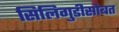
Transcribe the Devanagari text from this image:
सिलिगुडीसोबत